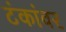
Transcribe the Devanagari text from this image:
टंकांवर